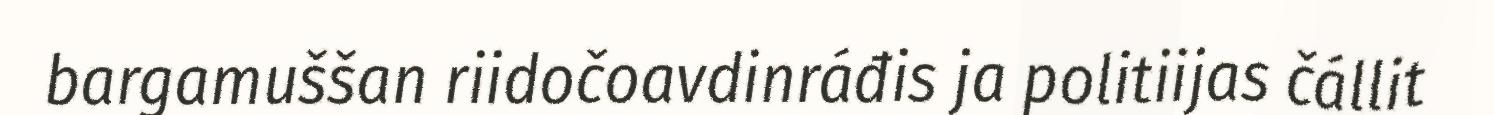
bargamuššan riidočoavdinráđis ja politiijas čállit